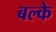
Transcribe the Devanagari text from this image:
बल्के